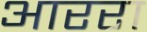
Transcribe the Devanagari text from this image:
आररा